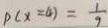
p ( x = 4 ) = \frac { 1 } { 9 }